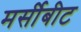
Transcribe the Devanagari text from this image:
मर्सीबीट